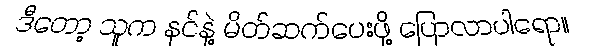
ဒီတော့ သူက နင်နဲ့ မိတ်ဆက်ပေးဖို့ ပြောလာပါရော။